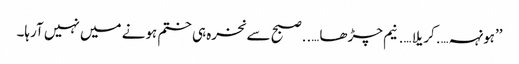
’’ہونہہ….کریلا….نیم چڑھا…..صبح سے نخرہ ہی ختم ہونے میں نہیں آرہا۔